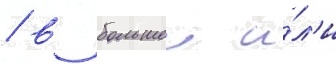
/ в большеи и́л'и